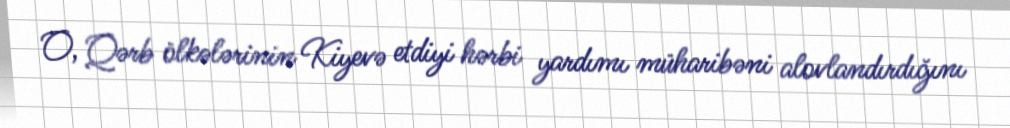
O, Qərb ölkələrinin Kiyevə etdiyi hərbi yardımı müharibəni alovlandırdığını